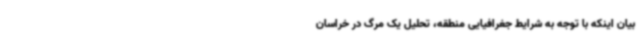
بیان اینکه با توجه به شرایط جغرافیایی منطقه، تحلیل یک مرگ در خراسان